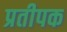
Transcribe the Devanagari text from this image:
प्रतीपक